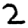
Digit: 2